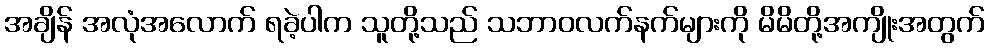
အချိန် အလုံအလောက် ရခဲ့ပါက သူတို့သည် သဘာဝလက်နက်များကို မိမိတို့အကျိုးအတွက်